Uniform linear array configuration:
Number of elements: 32
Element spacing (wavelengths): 0.25
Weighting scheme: kaiser
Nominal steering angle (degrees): -30
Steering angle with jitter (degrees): -29.458
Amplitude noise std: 0.05
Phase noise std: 0.05

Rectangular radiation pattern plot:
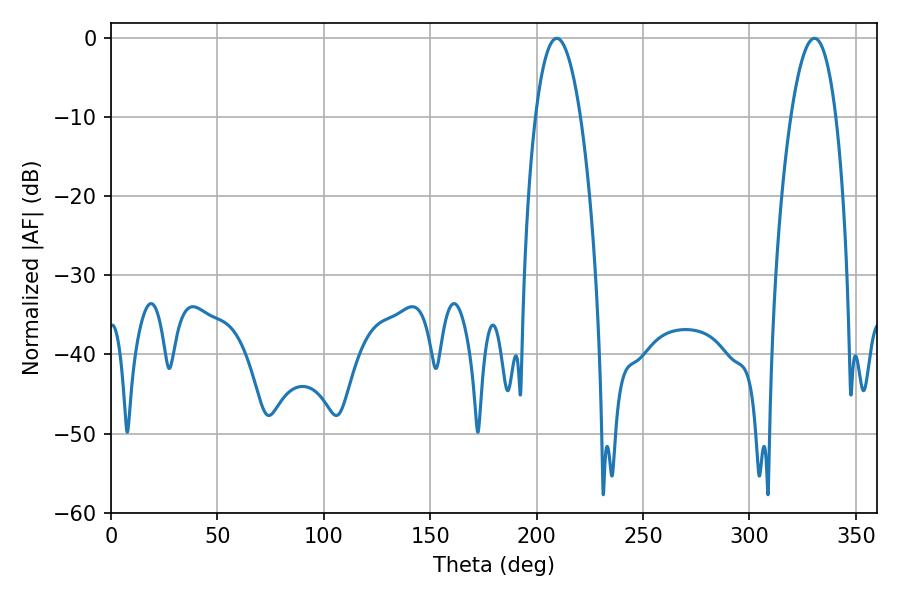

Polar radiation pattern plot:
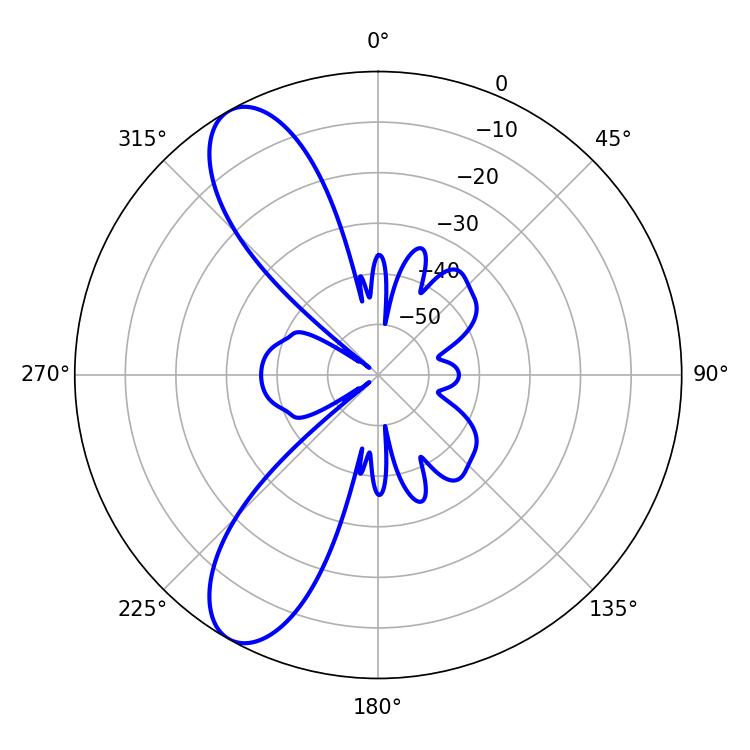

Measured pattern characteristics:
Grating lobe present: FALSE
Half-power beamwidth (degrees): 11.7
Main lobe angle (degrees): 209.52